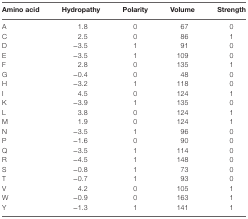
<table><thead><tr><td><b>Amino acid</b></td><td><b>Hydropathy</b></td><td><b>Polarity</b></td><td><b>Volume</b></td><td><b>Strength</b></td></tr></thead><tbody><tr><td>A</td><td>1.8</td><td>0</td><td>67</td><td>0</td></tr><tr><td>C</td><td>2.5</td><td>0</td><td>86</td><td>1</td></tr><tr><td>D</td><td>−3.5</td><td>1</td><td>91</td><td>0</td></tr><tr><td>E</td><td>−3.5</td><td>1</td><td>109</td><td>0</td></tr><tr><td>F</td><td>2.8</td><td>0</td><td>135</td><td>1</td></tr><tr><td>G</td><td>−0.4</td><td>0</td><td>48</td><td>0</td></tr><tr><td>H</td><td>−3.2</td><td>1</td><td>118</td><td>0</td></tr><tr><td>I</td><td>4.5</td><td>0</td><td>124</td><td>1</td></tr><tr><td>K</td><td>−3.9</td><td>1</td><td>135</td><td>0</td></tr><tr><td>L</td><td>3.8</td><td>0</td><td>124</td><td>1</td></tr><tr><td>M</td><td>1.9</td><td>0</td><td>124</td><td>1</td></tr><tr><td>N</td><td>−3.5</td><td>1</td><td>96</td><td>0</td></tr><tr><td>P</td><td>−1.6</td><td>0</td><td>90</td><td>0</td></tr><tr><td>Q</td><td>−3.5</td><td>1</td><td>114</td><td>0</td></tr><tr><td>R</td><td>−4.5</td><td>1</td><td>148</td><td>0</td></tr><tr><td>S</td><td>−0.8</td><td>1</td><td>73</td><td>0</td></tr><tr><td>T</td><td>−0.7</td><td>1</td><td>93</td><td>0</td></tr><tr><td>V</td><td>4.2</td><td>0</td><td>105</td><td>1</td></tr><tr><td>W</td><td>−0.9</td><td>0</td><td>163</td><td>1</td></tr><tr><td>Y</td><td>−1.3</td><td>1</td><td>141</td><td>1</td></tr></tbody></table>